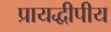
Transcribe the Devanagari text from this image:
प्रायद्धीपीय